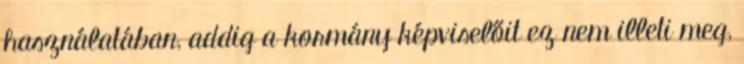
használatában, addig a kormány képviselőit ez nem illeti meg,